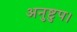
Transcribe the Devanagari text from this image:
अनुष्टुप।